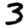
Digit: 3